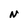
Character: N